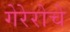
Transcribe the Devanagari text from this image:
गेरेरोचे